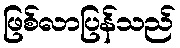
ဖြစ်လာပြန်သည်